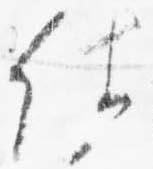
仕